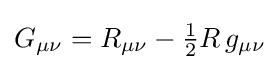
{\textstyle G_{\mu \nu }=R_{\mu \nu }-{\tfrac {1}{2}}R\,g_{\mu \nu }}